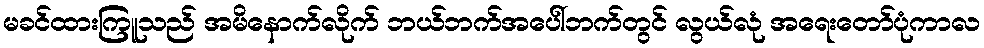
မခင်ထားကြူသည် အမိနောက်လိုက် ဘယ်ဘက်အပေါ်ဘက်တွင် လွယ်လုံ အရေးတော်ပုံကာလ